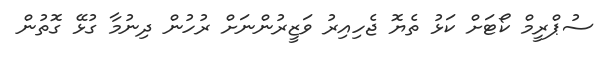
ސުޕްރީމް ކޯޓަށް ކަޅު ތެޔޮ ޖެހިއިރު ވަޒީރުންނަށް ރުހުން ދިނުމާ ގުޅޭ ގޮތުން